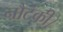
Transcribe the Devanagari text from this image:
नौटंकी।